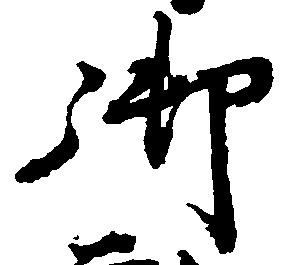
御